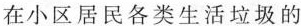
在小区居民各类生活垃圾的